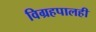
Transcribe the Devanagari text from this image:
विग्रहपालही